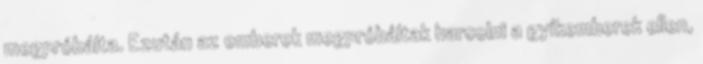
megpróbálta. Ezután az emberek megpróbáltak harcolni a gyíkemberek ellen,